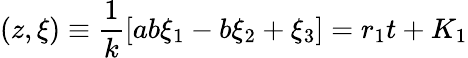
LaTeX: (z,{\xi})\equiv\frac{1}{k}[ab\xi_{1}-b\xi_{2}+\xi_{3}]=r_{1}t+K_{1}